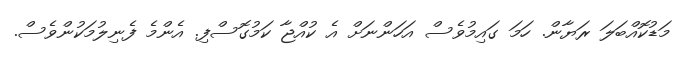
މަޑުކޮއްބަލަ ރަޔާން. ހަމަ ގައިމުވެސް އަހަންނަށް އެ ކުއްޖާ ކަމުގޮސްފި. އެންމެ ފެނިލުމަކުންވެސް.